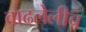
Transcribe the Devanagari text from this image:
वाढलेलीच